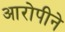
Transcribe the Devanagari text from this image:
आरोपीने